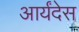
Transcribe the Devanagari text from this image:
आर्यंदेस